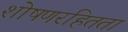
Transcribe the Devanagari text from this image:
शोषणरहितता